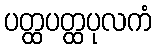
ပတ္ထပတ္ထပုလကံ